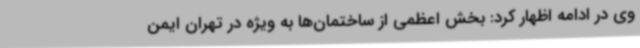
وی در ادامه اظهار کرد: بخش اعظمی از ساختمان‌ها به ویژه در تهران ایمن